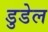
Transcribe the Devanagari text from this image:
डुडेल